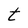
Character: t